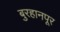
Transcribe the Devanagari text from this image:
बुरहानपूर